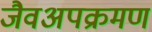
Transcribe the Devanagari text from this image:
जैवअपक्रमण